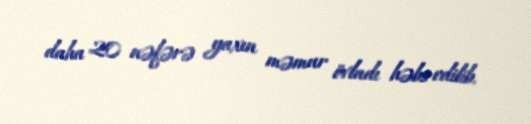
daha 20 nəfərə yaxın məmur övladı həbs edilib.